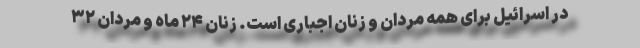
در اسرائیل برای همه مردان و زنان اجباری است. زنان ۲۴ ماه و مردان ۳۲